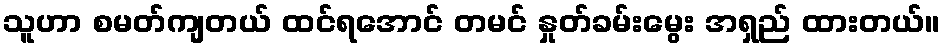
သူဟာ စမတ်ကျတယ် ထင်ရအောင် တမင် နှုတ်ခမ်းမွေး အရှည် ထားတယ်။